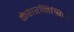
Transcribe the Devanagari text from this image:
केशरमिश्रित